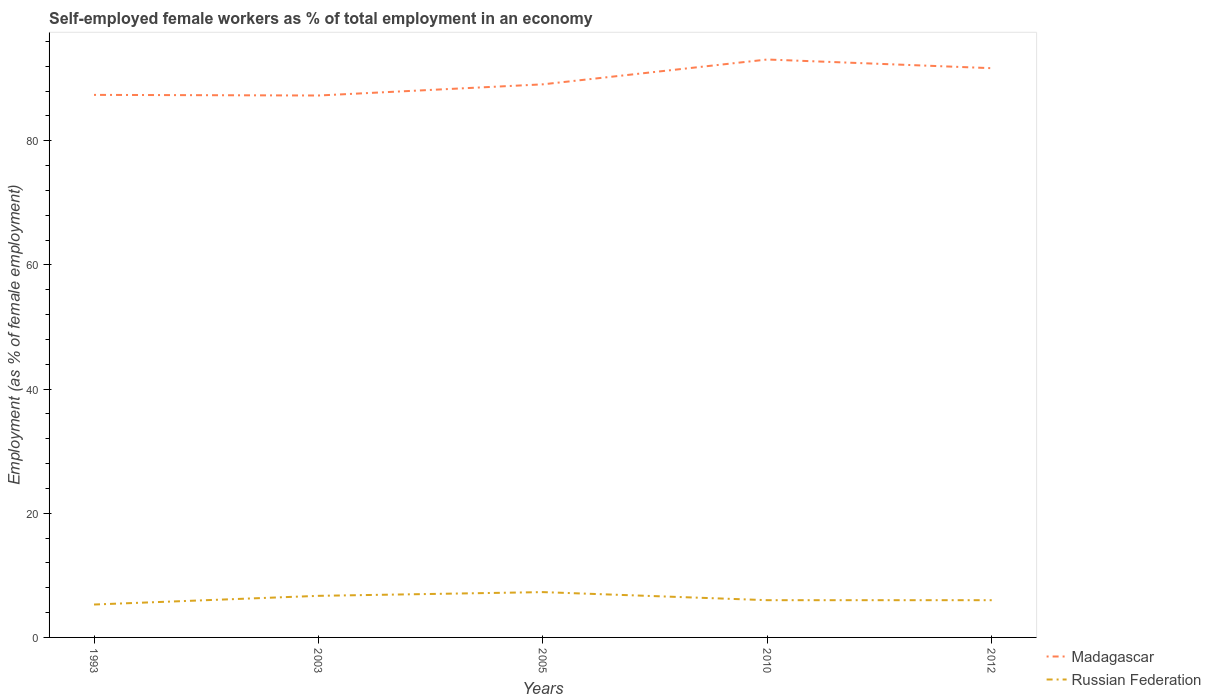
| Years | Madagascar | Russian Federation |
 | --- | --- | --- |
 | 1993 | 87.4 | 5.3 |
 | 2003 | 87.3 | 6.7 |
 | 2005 | 89.1 | 7.3 |
 | 2010 | 93.1 | 6 |
 | 2012 | 91.7 | 6 |